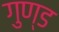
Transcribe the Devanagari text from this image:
गुण्ड